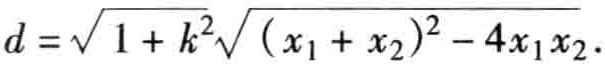
\(d = \sqrt{1 + k^{2}}\sqrt{(x_{1} + x_{2})^{2} - 4x_{1}x_{2}}\)